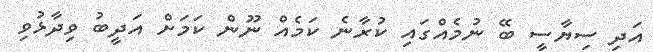
އަދި ސިޔާސީ ބޭ ނުމެއްގައި ކުރާނެ ކަމެއް ނޫން ކަމަށް އަދީބު ވިދާޅުވި